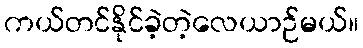
ကယ်တင်နိုင်ခဲ့တဲ့လေယာဉ်မယ်။